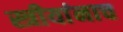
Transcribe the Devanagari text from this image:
स्त्रीयांनाच